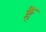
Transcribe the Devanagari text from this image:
हैॅ